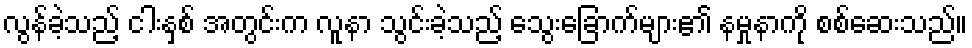
လွန်ခဲ့သည့် ငါးနှစ် အတွင်းက လူနာ သွင်းခဲ့သည့် သွေးခြောက်များ၏ နမှုနာကို စစ်ဆေးသည်။